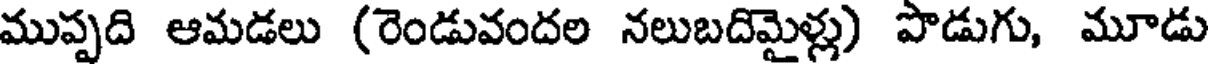
ముప్పది ఆమడలు (రెండువందల నలుబదిమైళ్లు) పొడుగు, మూడు